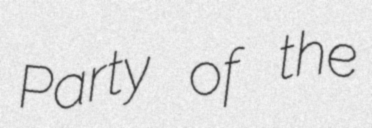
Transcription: Party of the